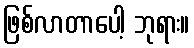
ဖြစ်လာတာပေါ့ ဘုရား။